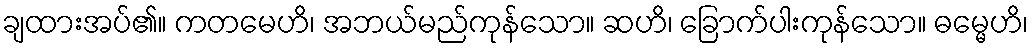
ချထားအပ်၏။ ကတမေဟိ၊ အဘယ်မည်ကုန်သော။ ဆဟိ၊ ခြောက်ပါးကုန်သော။ ဓမ္မေဟိ၊